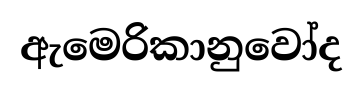
ඇමෙරිකානුවෝද